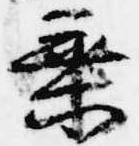
乗